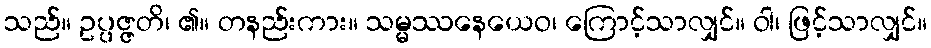
သည်။ ဥပ္ပဇ္ဇတိ၊ ၏။ တနည်းကား။ သမ္မဿနေယေဝ၊ ကြောင့်သာလျှင်။ ဝါ၊ ဖြင့်သာလျှင်။